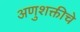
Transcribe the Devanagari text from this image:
अणुशक्तीचे